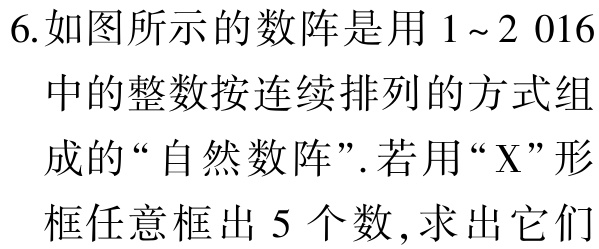
6.如图所示的数阵是用 \(1\sim2\ 016\) 中的整数按连续排列的方式组成的“自然数阵”.若用“X”形框任意框出 \(5\) 个数,求出它们